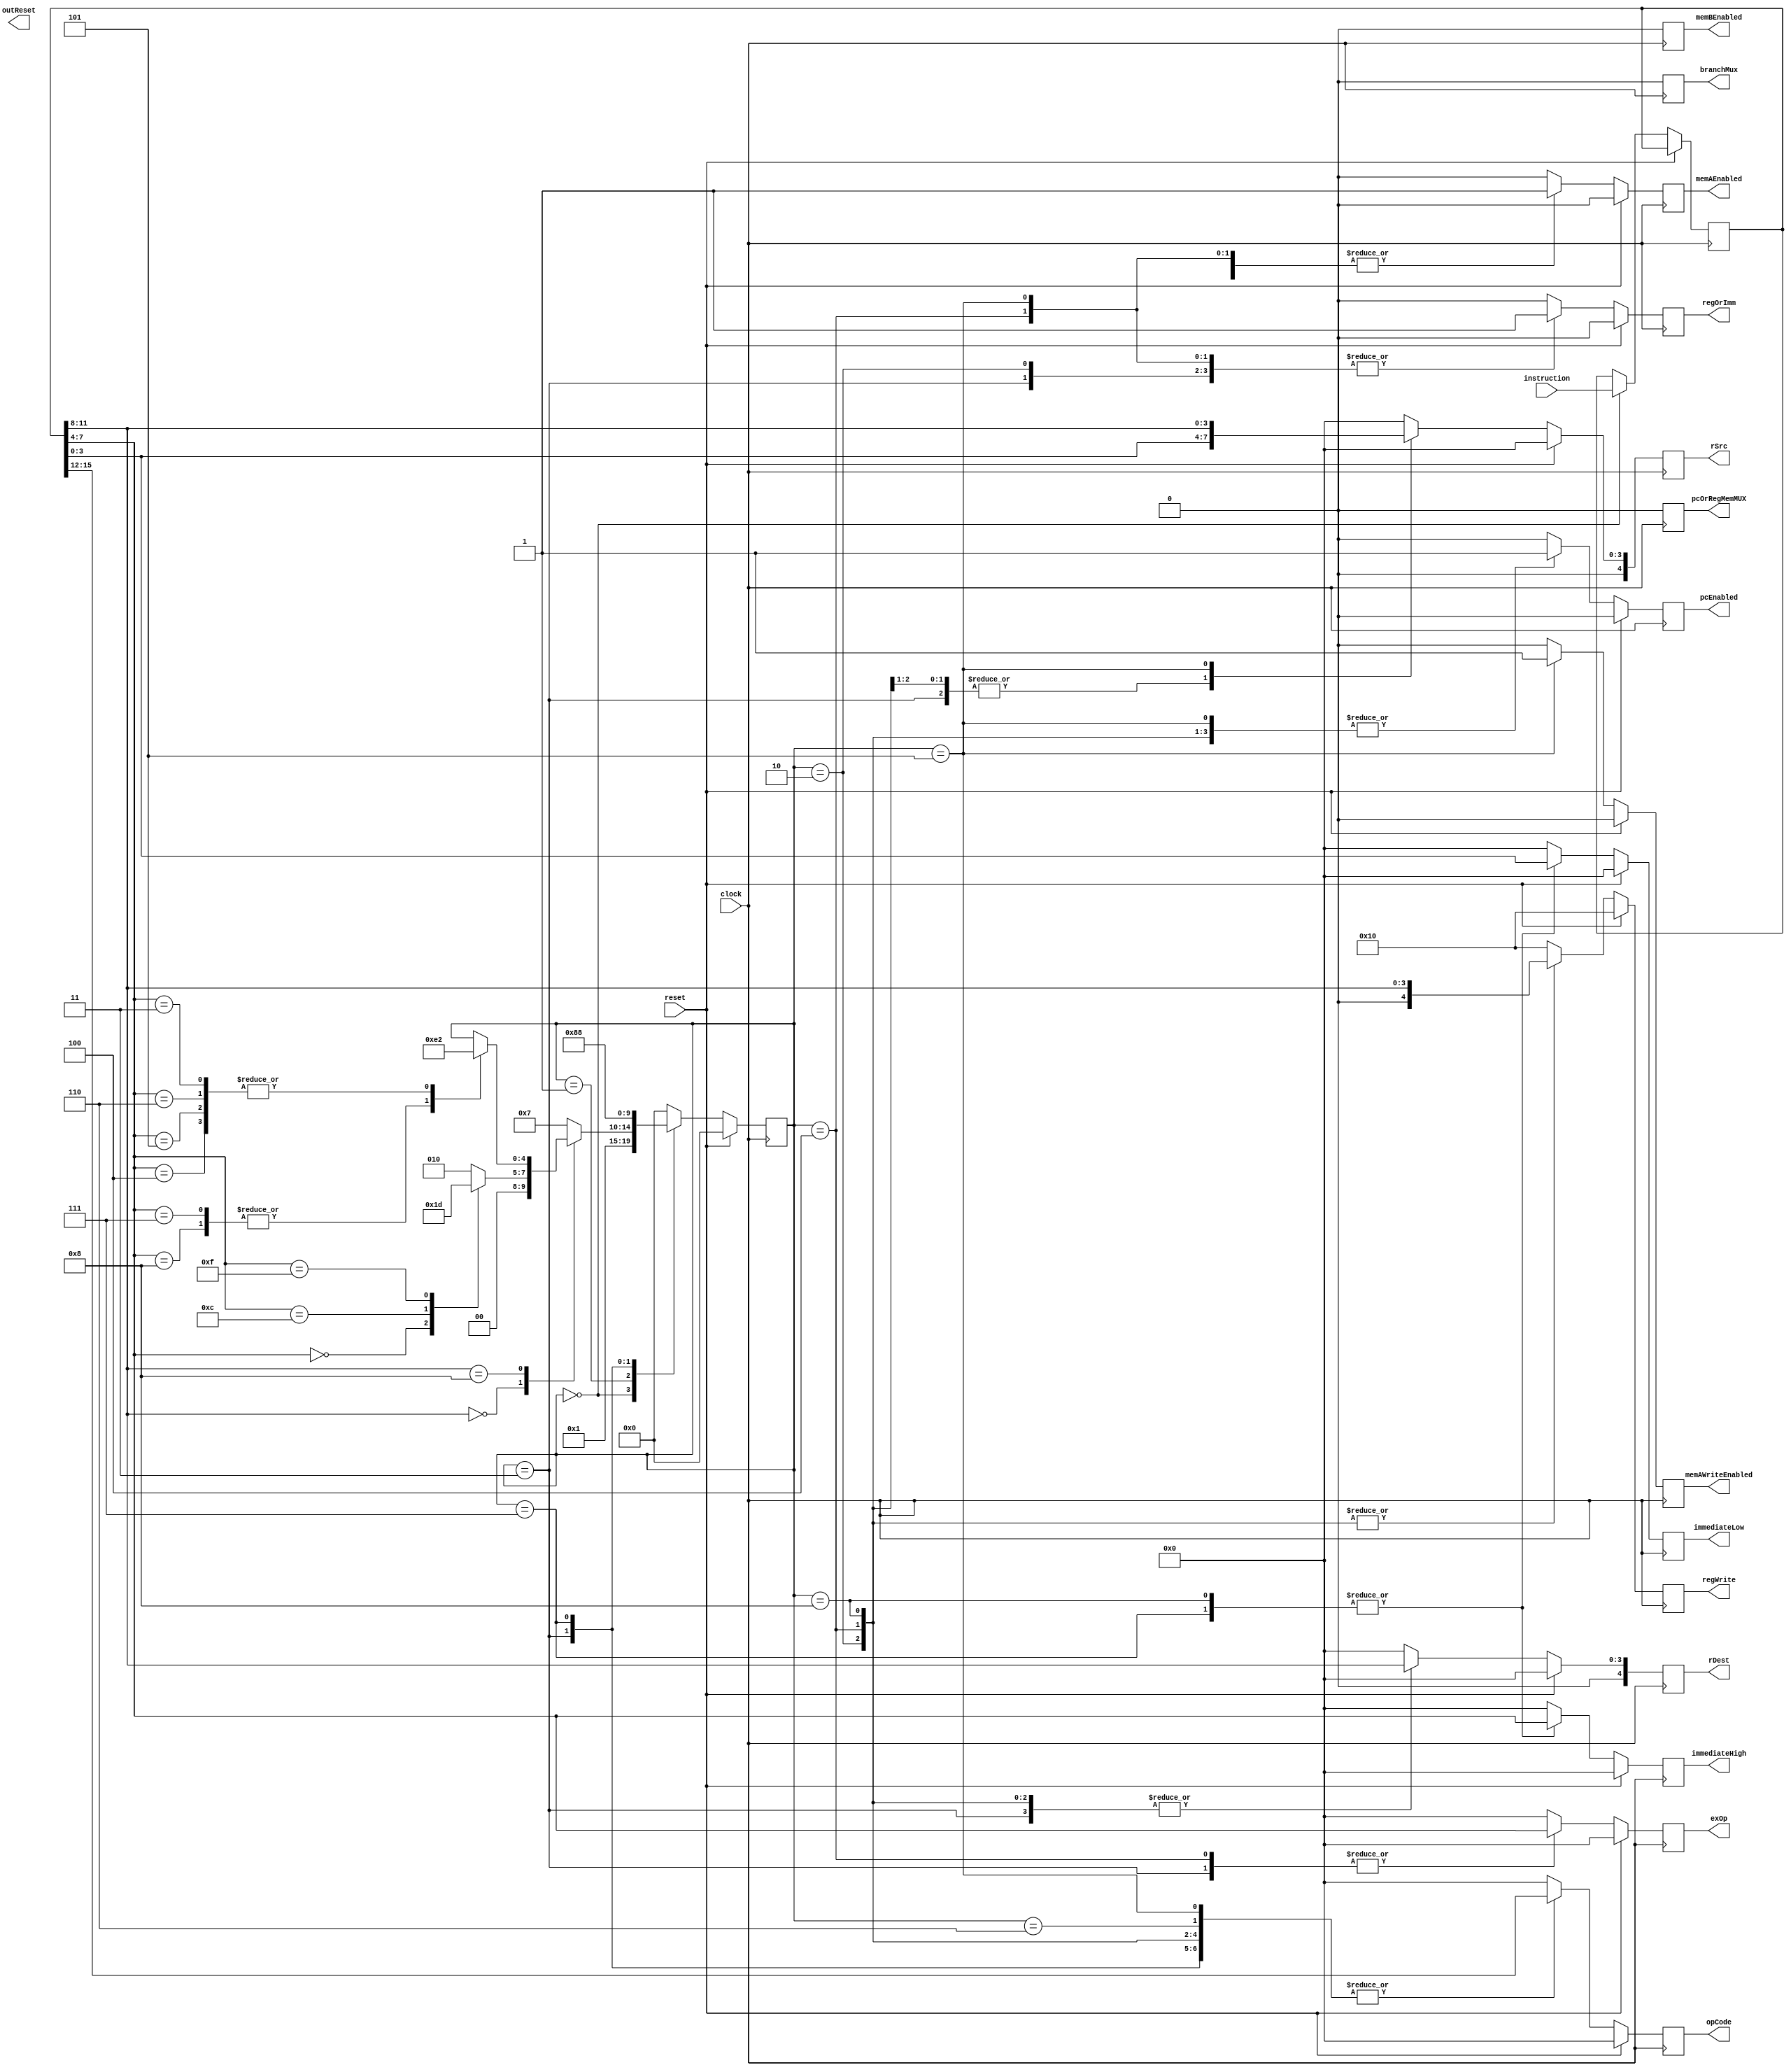
module ProcessorControlUnit(
    input clock,
    input [15:0] instruction,
    input reset,
    output [4:0] regWrite,
    output [3:0] opCode,
    output [3:0] exOp,    
    output [3:0] immediateHigh,
    output [3:0] immediateLow,
    output [4:0] rDest,
    output [4:0] rSrc,
	 output regOrImm,
    output pcEnabled,
	 output branchMux,
    output pcOrRegMemMUX,
    output memAEnabled,
    output memAWriteEnabled,
    output memBEnabled,
    output outReset
    );

parameter R_Type=4'b0000;
parameter Shift=4'b1000;

//----Info for ExOp R-type----
parameter ADD = 4'b0101; 
parameter ADDU = 4'b0110;
parameter ADDC = 4'b0111;
parameter ADDCU = 4'b1010;
parameter SUB = 4'b1001;
parameter CMP = 4'b1011;
parameter CMPU= 4'b1000;
parameter AND = 4'b0001;
parameter OR = 4'b0010;
parameter XOR = 4'b0011;
parameter NOP = 4'b0000;
parameter NOT = 4'b0100;
parameter LW = 4'b1100; 
parameter SW = 4'b1111; 

//----Info for just OP I type and J type----
parameter ADDI = 4'b0101; 
parameter ADDUI = 4'b0110;
parameter ADDCI = 4'b0111;
parameter ADDCUI = 4'b1101;     
parameter SUBI = 4'b1001;
parameter CMPI = 4'b1011;
parameter LWI = 4'b0011;
parameter ANDI = 4'b0001;

//----Info for ExOp Shift-Type
parameter LSH = 4'b0100;
parameter LSHI = 4'b1000;
parameter RSH = 4'b0101;
parameter RSHI = 4'b0111;
parameter ALSH = 4'b0110;
parameter ARSH = 4'b0011; 
	 
reg [4:0] currentState;
reg [15:0] currentInstruction;

//At every clock we need to change state where all instructions follow a pattern of 3-4 cycles
//All instructions start a a fetch state
always @(posedge clock)
begin
	regWrite <= 5'b10000; //nothing is written
	opCode <= 4'b0000;
	exOp	 <= 4'b0000; 
	immediateHigh <= 4'b0000;
	immediateLow <= 4'b0000;
	rDest <= 5'b00000;
	rSrc <= 5'b00000;
	regOrImm <= 1'b0;
//	memWriteOrRead <= 1'b0;
	pcEnabled <= 1'b0;
	branchMux <= 1'b0;
	pcOrRegMemMUX <= 1'b0;
	memAEnabled <= 1'b0;
	memAWriteEnabled <= 1'b0;
	memBEnabled <= 1'b0;
	
	if (reset == 1'b1)
		begin
		currentState <= 5'd0;
		end
	else
		begin
		case(currentState)
			4'd0:
			begin
				//This state fetches the instruction from memory.
				memAEnabled <= 1'b1;
				currentInstruction <= instruction;
				currentState <= 5'd1;							
			end	
			4'd1:
			begin
				//Decode State
				memAEnabled <= 1'b0;
				case (currentInstruction[11:8])
					R_Type:
						begin
						case (currentInstruction[7:4])
							NOP:
								begin
								currentState <= 5'd0;
								end
							LW:
								begin
								currentState <= 5'd3;
								end
							SW:
								begin
								currentState <= 5'd5;
								end
							default:
								begin
								currentState <= 5'd2;
								end
						endcase
						end
					Shift:
						begin
							case (currentInstruction[7:4])
								LSH:
									begin
									currentState <= 5'd2;
									end
								LSHI:
									begin
									currentState <= 5'd7;
									end
								RSH:
									begin
									currentState <= 5'd2;
									end
								RSHI:
									begin
									currentState <= 5'd7;
									end
								ALSH:
									begin
									currentState <= 5'd2;
									end
								ARSH:
									begin
									currentState <= 5'd2;
									end
							endcase
						end
					
					default:
						begin
						currentState <= 5'd7;
						end
				endcase
				
			end
			4'd2:
				begin
				//R-Type Control Signals
				regWrite <= {1'b0, currentInstruction[11:8]};
				opCode <= currentInstruction[15:12];
				exop <= currentInstruction[7:4];
				rDest <= currentInstruction[11:8];
				rSrc <= currentInstruction[3:0];
				regOrImm <= 1'b1;
				pcEnabled <= 1'b1;
				//memBEnabled hmm.
				currentState <= 5'd0;
				end
			4'd3:
				begin
				//Load Type Control Signals
				//regWrite <= {1'b0, currentInstruction[11:8]};
				opCode <= currentInstruction[15:12];
				exOp <= currentInstruction[7:4];
				rDest <= currentInstruction[11:8];
				rSrc <= currentInstruction[3:0];
				regOrImm <= 1'b1;
				//memWriteOrRead <= 1'b1;
				memAEnabled <= 1'b1;
				//memBEnabled	
				currentState <= 5'd4;
				end
			4'd4:
				begin
				//Secondary Load Type Control Signals
				regWrite <= {1'b0, currentInstruction[11:8]};
				opCode <= currentInstruction[15:12];
				exOp <= currentInstruction[7:4];
				rDest <= currentInstruction[11:8];
				rSrc <= currentInstruction[3:0];
				regOrImm <= 1'b1;
				pcEnabled <= 1'b1;
				memAEnabled <= 1'b1;
				currentState <= 5'd0;
				end
			4'd5:
				begin
				//Store Type Control Signals
				opCode <= currentInstruction[15:12];
				exop <= currentInstruction[7:4];
				rSrc <= currentInstruction[11:8];
				regOrImm <= 1'b1;
				pcEnabled <= 1'b1;
				memAEnabled <= 1'b1;
				memAWriteEnabled <= 1'b1;
				currentState <= 5'd0;
				end
			4'd6:
				begin
				//Branch Type Control Signals
				opCode <= currentInstruction[15:12];
				//need Alex's paper
				currentState <= 5'd0;
				end
			4'd7:
				begin
				//Immediate Type Control Signals (sign extend)
				opCode <= currentInstruction[15:12];
				immediateHigh <= currentInstruction[7:4];
				immediateLow <= currentInstruction[3:0];
				// no need for regWrite, rDest yet?
				//memWriteOrRead
				currentState <= 5'd8;
				
				end
			4'd8:
				begin
				//Immediate Type Control Signals (execution)
				regWrite <= currentInstruction[11:8];
				opCode <= currentInstruction[15:12];
				immediateHigh <= currentInstruction[7:4];
				immediateLow <= currentInstruction[3:0];
				rDest <= currentInstruction[11:8];
				pcEnabled <= 1'b1;
				currentState <= 5'd0;
				end
			default:
				begin
				currentState <= 5'd0;
				end
		endcase
		end
end

endmodule